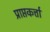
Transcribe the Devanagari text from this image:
प्राप्तकर्त्ता